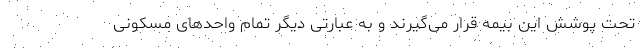
تحت پوشش این بیمه قرار می‌گیرند و به عبارتی دیگر تمام واحدهای مسکونی